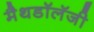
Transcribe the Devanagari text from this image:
मैथडॉलॅजी